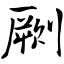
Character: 劂